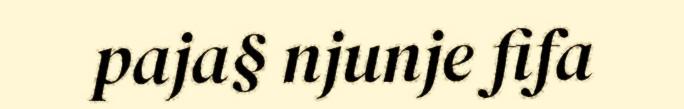
paja§ njunje fifa